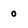
Character: 0